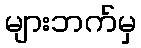
များဘက်မှ